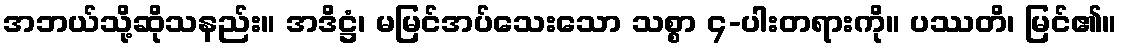
အဘယ်သို့ဆိုသနည်း။ အဒိဋ္ဌံ၊ မမြင်အပ်သေးသော သစ္စာ ၄-ပါးတရားကို။ ပဿတိ၊ မြင်၏။